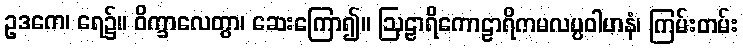
ဥဒကေ၊ ရေ၌။ ဝိက္ခာလေတွာ၊ ဆေးကြော၍။ ဩဠာရိကောဠာရိကမလပ္ပဝါဟနံ၊ ကြမ်းတမ်း